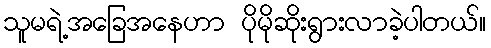
သူမရဲ့အခြေအနေဟာ ပိုမိုဆိုးရွားလာခဲ့ပါတယ်။